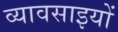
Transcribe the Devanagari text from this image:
व्यावसाइयों